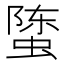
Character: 𰳄